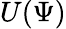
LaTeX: U(\Psi)